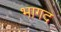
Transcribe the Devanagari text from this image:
भागद